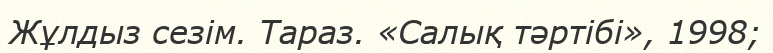
Жұлдыз сезім. Тараз. «Салық тәртібі», 1998;